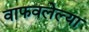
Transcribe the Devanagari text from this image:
वाफवलेल्या